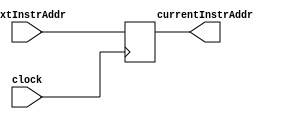
module PC ( nextInstrAddr, clock, currentInstrAddr );
    input       [31:0]  nextInstrAddr;
    input               clock;
    output reg  [31:0]  currentInstrAddr;

    initial
        currentInstrAddr = 0;

    always @ (posedge clock)
        currentInstrAddr = nextInstrAddr;
endmodule